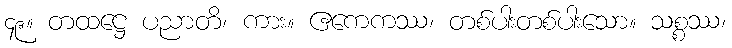
၄၉။ တထဋ္ဌေ ပညာတိ၊ ကား။ ဧကေကဿ၊ တစ်ပါးတစ်ပါးသော။ သစ္စဿ၊